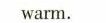
warm.